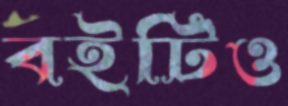
বইটিও